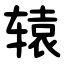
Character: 辕